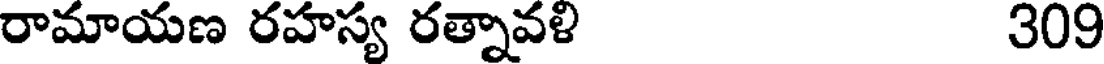
రామాయణ రహస్య రత్నావళి 309